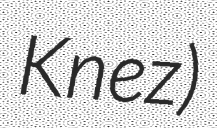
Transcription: Knez)